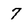
Character: 7